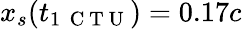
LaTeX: x_{s}(t_{1\, \mathrm{~C~T~U~}})=0.17c